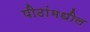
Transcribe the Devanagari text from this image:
पीठांमधील